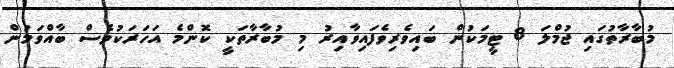
މުބާރާތުގައި ޖުމްލަ 8 ޓީމަކުން ބައިވެރިވެފައިވާއިރު މި މުބާރާތަކީ ކޮންމެ އަހަރަކުވެސް ބާއްވަމުން